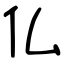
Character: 仏